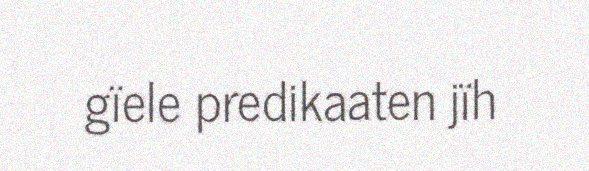
gïele predikaaten jïh